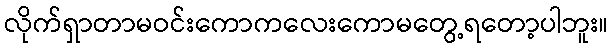
လိုက်ရှာတာမဝင်းကောကလေးကောမတွေ့ရတော့ပါဘူး။